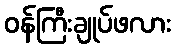
ဝန်ကြီးချုပ်ဖလား